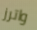
واترز